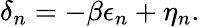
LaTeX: \delta_{n}=-\beta\epsilon_{n}+\eta_{n}.